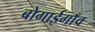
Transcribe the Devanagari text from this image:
बोगाईगाँव